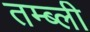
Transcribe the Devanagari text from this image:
तम्ब्ली